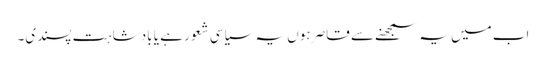
اب میں یہ سمجھنے سے قاصر ہوں یہ سیاسی شعور ہے یا بادشاہت پسندی۔